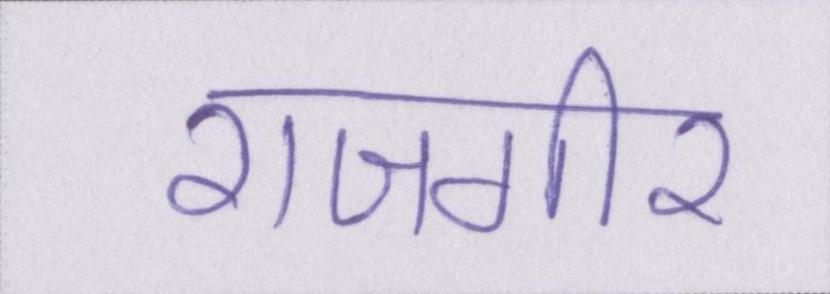
राजगीर